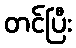
တင်ပြီး